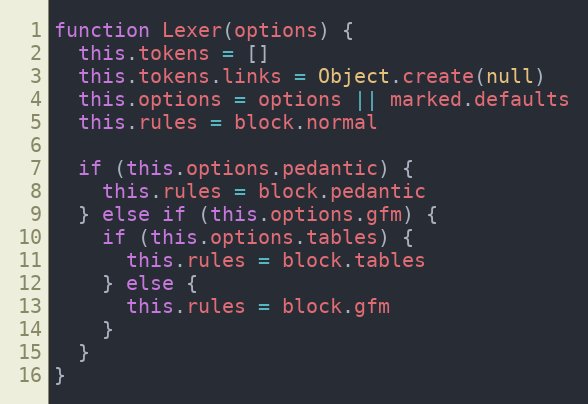
Language: JavaScript
function Lexer(options) {
  this.tokens = []
  this.tokens.links = Object.create(null)
  this.options = options || marked.defaults
  this.rules = block.normal

  if (this.options.pedantic) {
    this.rules = block.pedantic
  } else if (this.options.gfm) {
    if (this.options.tables) {
      this.rules = block.tables
    } else {
      this.rules = block.gfm
    }
  }
}